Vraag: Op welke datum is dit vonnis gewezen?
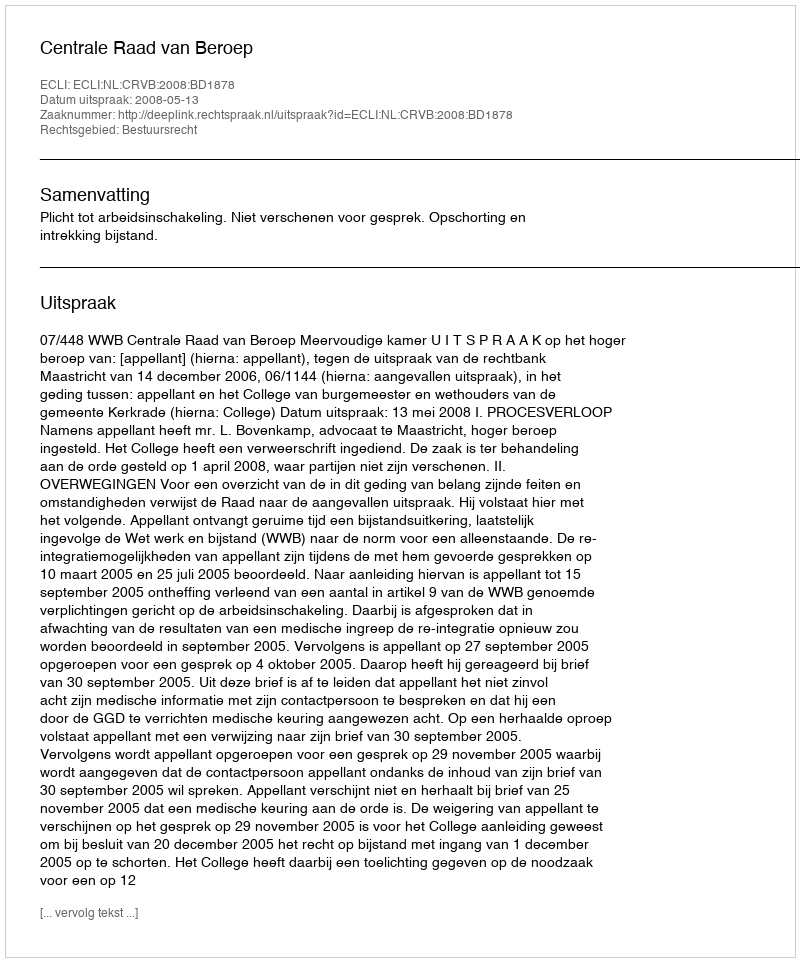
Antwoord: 2008-05-13